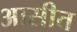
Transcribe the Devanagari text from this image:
आसीत